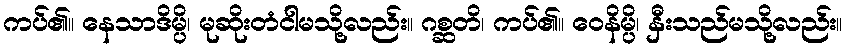
ကပ်၏။ နေသာဒိမ္ပိ၊ မုဆိုးတံငါမသို့လည်း။ ဂစ္ဆတိ၊ ကပ်၏။ ဝေနိမ္ပိ၊ နှီးသည်မသို့လည်း။